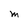
Character: M